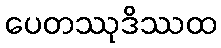
ပေတဿုဒိဿထ